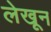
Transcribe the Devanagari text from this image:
लेखून